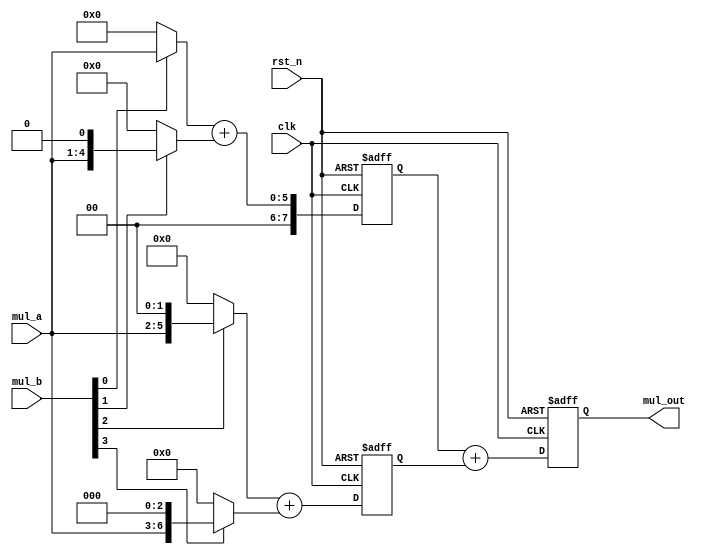
module mul_addtree_2state(
    input                               clk                        ,
    input                               rst_n                     ,
    input [3:0]  mul_a,mul_b, 
    output[7:0] mul_out    
        );

    reg [7:0]  add01,add23,mul_out;
    wire [7:0] stored0,stored1,stored2,stored3;
    assign stored0 = mul_b[0]?{4'b0,mul_a}:8'b0;
    assign stored1 = mul_b[1]?{3'b0,mul_a,1'b0}:8'b0;
    assign stored2 = mul_b[2]?{2'b0,mul_a,2'b0}:8'b0;
    assign stored3 = mul_b[3]?{1'b0,mul_a,3'b0}:8'b0;

    always @(posedge clk or negedge rst_n)           
        begin                                        
            if(!rst_n)   begin
                add01 <= 8'b0;
                add23 <= 8'b0;
                mul_out <= 8'b0;
            end                                                         
            else     begin
                add01 <= stored0 + stored1;
                add23 <= stored2 + stored3;
                mul_out <= add01 + add23;
            end                                
        end                                          


endmodule